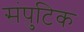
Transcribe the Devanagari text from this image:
संपुटिक